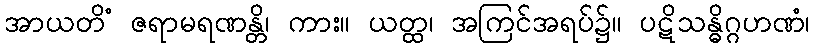
အာယတိံ ဇရာမရဏန္တိ၊ ကား။ ယတ္ထ၊ အကြင်အရပ်၌။ ပဋိသန္ဓိဂ္ဂဟဏံ၊